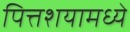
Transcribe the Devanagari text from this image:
पित्तशयामध्ये